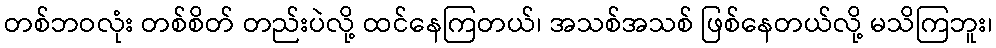
တစ်ဘဝလုံး တစ်စိတ် တည်းပဲလို့ ထင်နေကြတယ်၊ အသစ်အသစ် ဖြစ်နေတယ်လို့ မသိကြဘူး၊